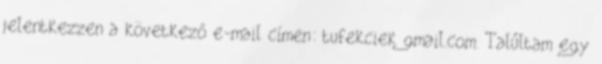
jelentkezzen a következő e-mail címen: tufekciek gmail.com. Talűltam egy